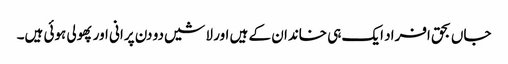
جاں بحق افراد ایک ہی خاندان کے ہیں اور لاشیں دو دن پرانی اور پھولی ہوئی ہیں۔